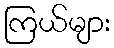
ကြယ်များ